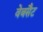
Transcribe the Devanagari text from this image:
वेबसैट